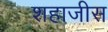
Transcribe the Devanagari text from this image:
शहाजीस